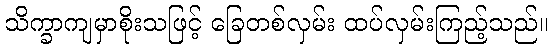
သိက္ခာကျမှာစိုးသဖြင့် ခြေတစ်လှမ်း ထပ်လှမ်းကြည့်သည်။